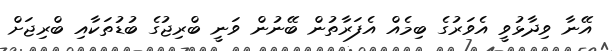
އޭނާ ވިދާޅުވީ އެވަރުގެ ބިމެއް އެފަރާތުން ބޭނުން ވަނީ ބްރިޖުގެ ބުޑުތަކާއި ބްރިޖަށް